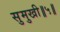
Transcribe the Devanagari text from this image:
सुमुखी॥५॥